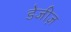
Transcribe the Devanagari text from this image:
डेजीज़